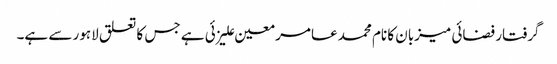
گرفتار فضائی میزبان کا نام محمد عامر معین علیزئی ہے جس کا تعلق لاہور سے ہے۔